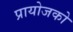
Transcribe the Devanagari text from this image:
प्रायोजको